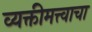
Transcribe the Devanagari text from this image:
व्यक्तीमत्त्वाचा